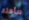
سأهتم